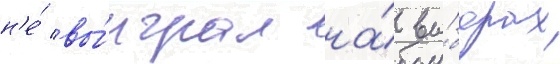
н'е́ вы́играл на́ вы́борах